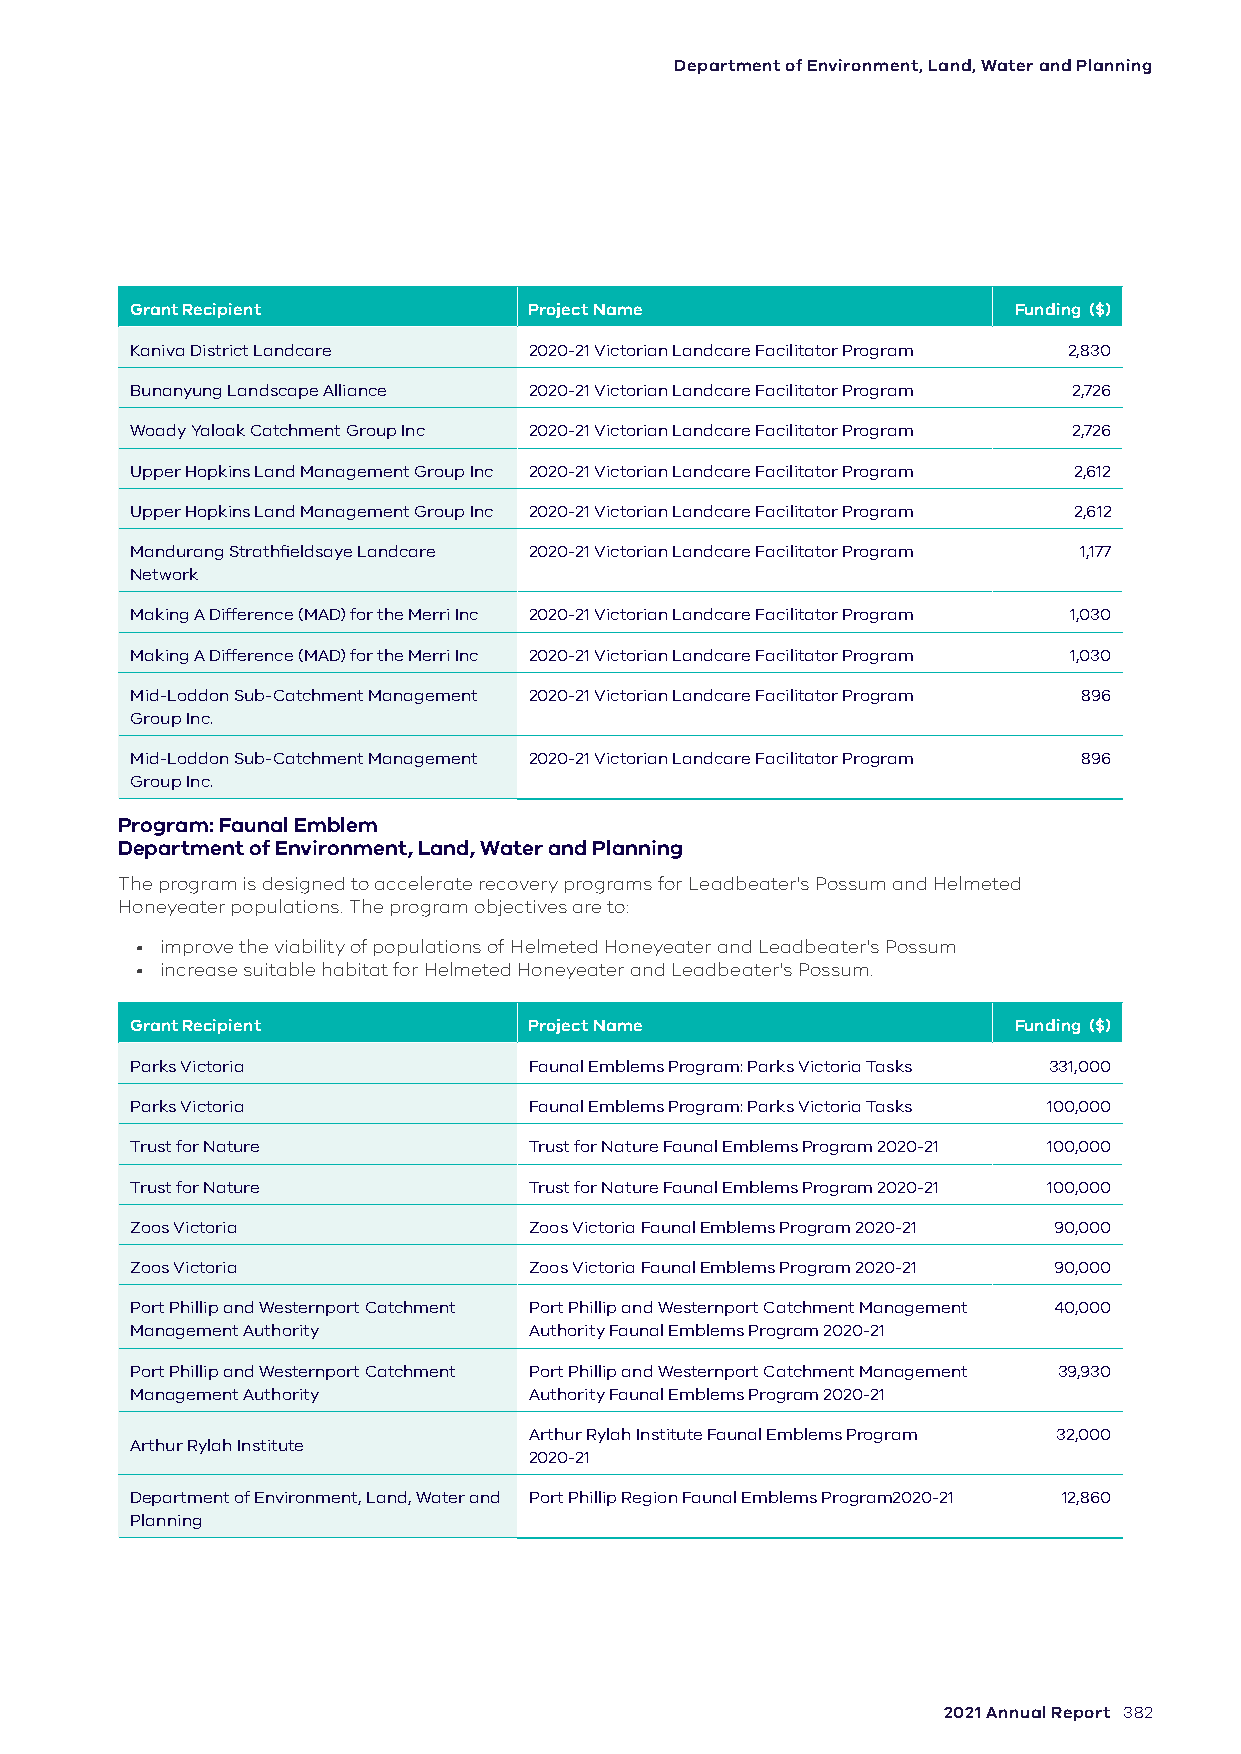
Department of Environment, Land, Water and Planning
 Grant Recipient           Project Name                    Funding ($)
 Kaniva District Landcare  2020-21 Victorian Landcare Facilitator Program 2,830
 Bunanyung Landscape Alliance 2020-21 Victorian Landcare Facilitator Program 2,726
 Woady Yaloak Catchment Group Inc 2020-21 Victorian Landcare Facilitator Program 2,726
 Upper Hopkins Land Management Group Inc 2020-21 Victorian Landcare Facilitator Program 2,612
 Upper Hopkins Land Management Group Inc 2020-21 Victorian Landcare Facilitator Program 2,612
 Mandurang Strathfieldsaye Landcare 2020-21 Victorian Landcare Facilitator Program 1,177
 Network
 Making A Difference (MAD) for the Merri Inc 2020-21 Victorian Landcare Facilitator Program 1,030
 Making A Difference (MAD) for the Merri Inc 2020-21 Victorian Landcare Facilitator Program 1,030
 Mid-Loddon Sub-Catchment Management 2020-21 Victorian Landcare Facilitator Program 896
 Group Inc.
 Mid-Loddon Sub-Catchment Management 2020-21 Victorian Landcare Facilitator Program 896
 Group Inc.
 Program: Faunal Emblem
 Department of Environment, Land, Water and Planning
 The program is designed to accelerate recovery programs for Leadbeater's Possum and Helmeted
 Honeyeater populations. The program objectives are to:
 • improve the viability of populations of Helmeted Honeyeater and Leadbeater's Possum
 • increase suitable habitat for Helmeted Honeyeater and Leadbeater's Possum.
 Grant Recipient           Project Name                    Funding ($)
 Parks Victoria            Faunal Emblems Program: Parks Victoria Tasks 331,000
 Parks Victoria            Faunal Emblems Program: Parks Victoria Tasks 100,000
 Trust for Nature          Trust for Nature Faunal Emblems Program 2020-21 100,000
 Trust for Nature          Trust for Nature Faunal Emblems Program 2020-21 100,000
 Zoos Victoria             Zoos Victoria Faunal Emblems Program 2020-21 90,000
 Zoos Victoria             Zoos Victoria Faunal Emblems Program 2020-21 90,000
 Port Phillip and Westernport Catchment Port Phillip and Westernport Catchment Management 40,000
 Management Authority      Authority Faunal Emblems Program 2020-21
 Port Phillip and Westernport Catchment Port Phillip and Westernport Catchment Management 39,930
 Management Authority      Authority Faunal Emblems Program 2020-21
 Arthur Rylah Institute Faunal Emblems Program 32,000
 Arthur Rylah Institute
 2020-21
 Department of Environment, Land, Water and Port Phillip Region Faunal Emblems Program2020-21 12,860
 Planning
 2021 Annual Report 382